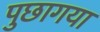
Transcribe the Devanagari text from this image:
पुछागया